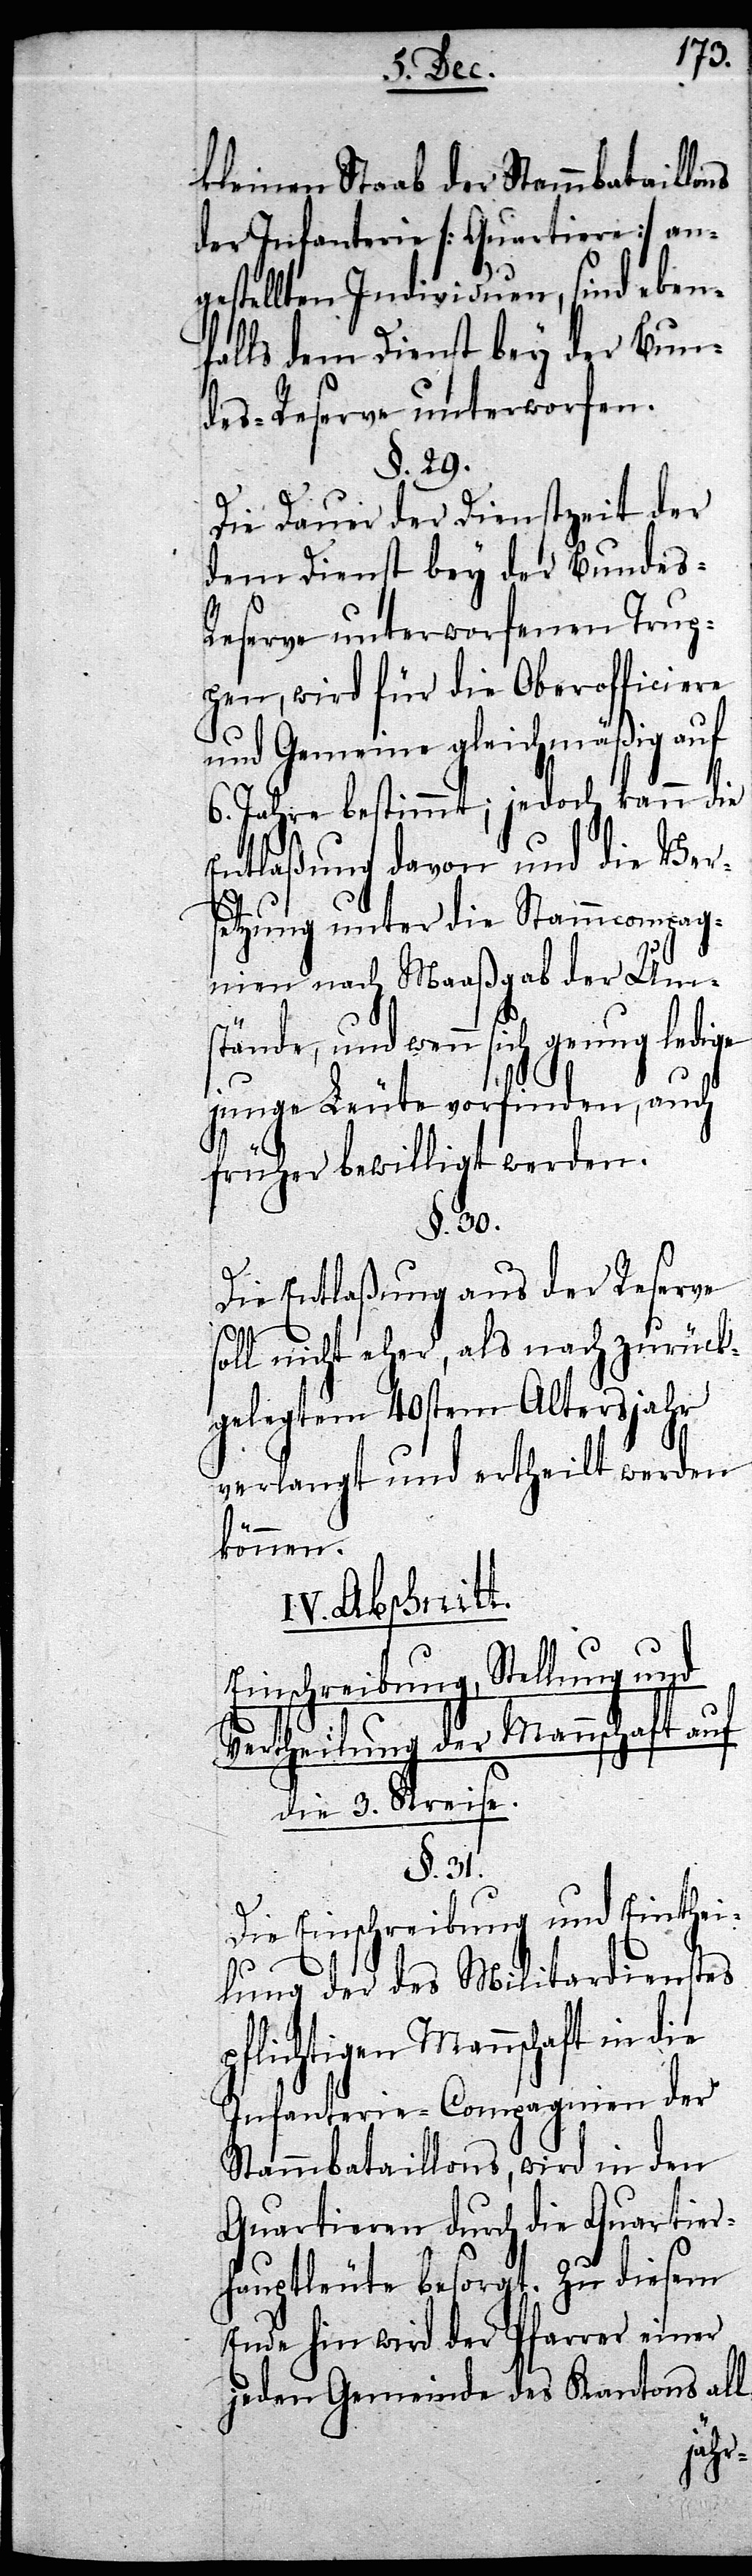
kleinen Staab der Stammbataillons
der Infanterie [Quartiere] an¬
gestellten Individuen, sind eben¬
falls dem Dienst bey der Bun¬
des-Reserve unterworfen.
§. 29.
Die Dauer der Dienstzeit der
dem Dienst bey der Bundes-R¬
eserve unterworfenen Trup¬
pen, wird für die Oberofficiere
und Gemeine gleichmäßig auf
6. Jahre bestimmt; jedoch kann die
Entlaßung davon und die Vers¬
etzung unter die Stammcompag¬
nien nach Maaßgab der Um¬
stände, und wenn sich genug ledige
junge Leute vorfinden, auch
früher bewilligt werden.
§. 30.
Die Entlaßung aus der Reserve
soll nicht eher, als nach zurück¬
gelegtem 40sten Altersjahr
verlangt und ertheilt werden
können.
IV. Abschnitt.
Einschreibung, Stellung und
Vertheilung der Mannschaft auf
die 3. Kreise
§. 31.
Die Einschreibung und Einthei¬
lung der des Militardienstes
pflichtigen Mannschaft in die
Infanterie-Compagnien der
Stammbataillons, wird in den
Quartieren durch die Quartier¬
hauptleute besorgt. Zu diesem
Ende hin wird der Pfarrer einer
jeden Gemeinde des Kantons all-